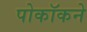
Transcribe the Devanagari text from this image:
पोकॉकने